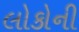
લોકોની